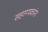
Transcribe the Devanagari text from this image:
सहाय्यकांना